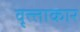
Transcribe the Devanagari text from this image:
वृत्त्ताकार